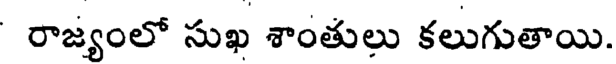
రాజ్యంలో సుఖ శాంతులు కలుగుతాయి.